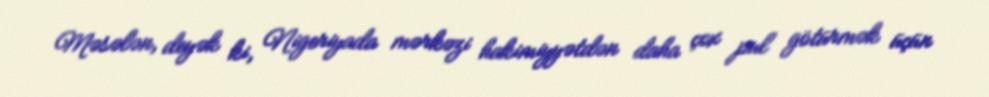
Məsələn, deyək ki, Nigeriyada mərkəzi hakimiyyətdən daha çox pul götürmək üçün